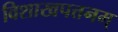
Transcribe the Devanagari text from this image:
विशाखपत्तनम्